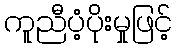
ကူညီပံ့ပိုးမှုဖြင့်